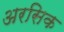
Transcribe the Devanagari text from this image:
अरसिक